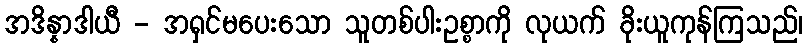
အဒိန္နာဒါယီ - အရှင်မပေးသော သူတစ်ပါးဥစ္စာကို လုယက် ခိုးယူကုန်ကြသည်၊